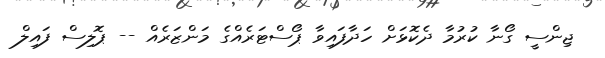
ޖިންސީ ގޯނާ ކުރުމާ ދެކޮޅަށް ހަދާފައިވާ ޕޯސްޓަރެއްގެ މަންޒަރެއް -- ޕޮލިސް ފައިލް